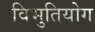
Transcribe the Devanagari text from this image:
विभुतियोग